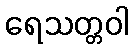
ရေသတ္တဝါ